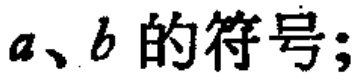
\(a、b\)的符号；